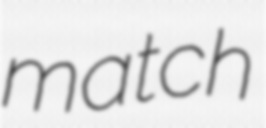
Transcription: match